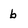
Character: b